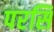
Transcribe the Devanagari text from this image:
परसि